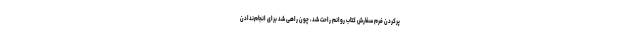
پرکردن فرم سفارش کتاب روانم راحت شد، چون راهی شد برای انجام‌ندادن